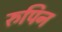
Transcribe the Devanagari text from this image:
रुपिन